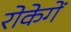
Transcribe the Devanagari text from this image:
रोकेगें